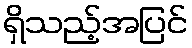
ရှိသည့်အပြင်